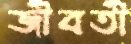
জীবতী